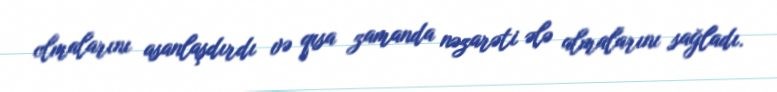
olmalarını asanlaşdırdı və qısa zamanda nəzarəti ələ almalarını sağladı.